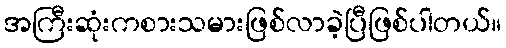
အကြီးဆုံးကစားသမားဖြစ်လာခဲ့ပြီဖြစ်ပါတယ်။